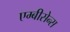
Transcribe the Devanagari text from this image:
एम्बीसेन्स